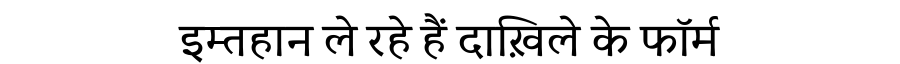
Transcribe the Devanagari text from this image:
इम्तहान ले रहे हैं दाख़िले के फॉर्म